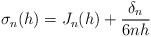
LaTeX: \begin{align*} \sigma_n(h) = J_n(h)+\frac{\delta_n}{6nh}\end{align*}